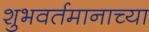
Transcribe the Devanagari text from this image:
शुभवर्तमानाच्या